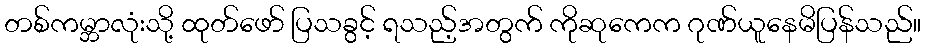
တစ်ကမ္ဘာလုံးသို့ ထုတ်ဖော် ပြသခွင့် ရသည့်အတွက် ကိုဆုကေက ဂုဏ်ယူနေမိပြန်သည်။